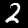
Digit: 2